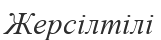
Жерсілтілі